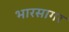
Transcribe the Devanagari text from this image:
भारसागर